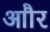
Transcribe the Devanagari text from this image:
आौर